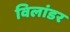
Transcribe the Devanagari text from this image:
विलांडर